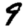
Digit: 9